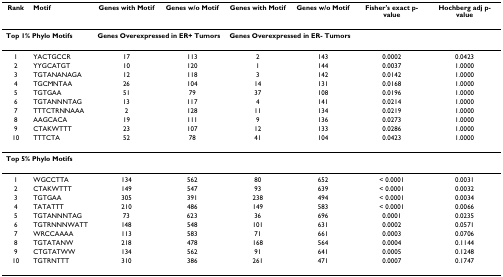
<table><thead><tr><td><b>Rank</b></td><td><b>Motif</b></td><td><b>Genes with Motif</b></td><td><b>Genes w/o Motif</b></td><td><b>Genes with Motif</b></td><td><b>Genes w/o Motif</b></td><td><b>Fisher's exact p-value</b></td><td><b>Hochberg adj p-value</b></td></tr></thead><tbody><tr><td colspan="2"><b>Top 1% Phylo Motifs</b></td><td colspan="2"><b>Genes Overexpressed in ER+ Tumors</b></td><td colspan="2"><b>Genes Overexpressed in ER- Tumors</b></td><td>[EMPTY_CELL]</td><td>[EMPTY_CELL]</td></tr><tr><td>1</td><td>YACTGCCR</td><td>17</td><td>113</td><td>2</td><td>143</td><td>0.0002</td><td>0.0423</td></tr><tr><td>2</td><td>YYGCATGT</td><td>10</td><td>120</td><td>1</td><td>144</td><td>0.0037</td><td>1.0000</td></tr><tr><td>3</td><td>TGTANANAGA</td><td>12</td><td>118</td><td>3</td><td>142</td><td>0.0142</td><td>1.0000</td></tr><tr><td>4</td><td>TGCMNTAA</td><td>26</td><td>104</td><td>14</td><td>131</td><td>0.0168</td><td>1.0000</td></tr><tr><td>5</td><td>TGTGAA</td><td>51</td><td>79</td><td>37</td><td>108</td><td>0.0196</td><td>1.0000</td></tr><tr><td>6</td><td>TGTANNNTAG</td><td>13</td><td>117</td><td>4</td><td>141</td><td>0.0214</td><td>1.0000</td></tr><tr><td>7</td><td>TTTCTRNNAAA</td><td>2</td><td>128</td><td>11</td><td>134</td><td>0.0219</td><td>1.0000</td></tr><tr><td>8</td><td>AAGCACA</td><td>19</td><td>111</td><td>9</td><td>136</td><td>0.0273</td><td>1.0000</td></tr><tr><td>9</td><td>CTAKWTTT</td><td>23</td><td>107</td><td>12</td><td>133</td><td>0.0286</td><td>1.0000</td></tr><tr><td>10</td><td>TTTCTA</td><td>52</td><td>78</td><td>41</td><td>104</td><td>0.0423</td><td>1.0000</td></tr><tr><td colspan="2"><b>Top 5% Phylo Motifs</b></td><td>[EMPTY_CELL]</td><td>[EMPTY_CELL]</td><td>[EMPTY_CELL]</td><td>[EMPTY_CELL]</td><td>[EMPTY_CELL]</td><td>[EMPTY_CELL]</td></tr><tr><td>1</td><td>WGCCTTA</td><td>134</td><td>562</td><td>80</td><td>652</td><td>&lt; 0.0001</td><td>0.0031</td></tr><tr><td>2</td><td>CTAKWTTT</td><td>149</td><td>547</td><td>93</td><td>639</td><td>&lt; 0.0001</td><td>0.0032</td></tr><tr><td>3</td><td>TGTGAA</td><td>305</td><td>391</td><td>238</td><td>494</td><td>&lt; 0.0001</td><td>0.0034</td></tr><tr><td>4</td><td>TATATTT</td><td>210</td><td>486</td><td>149</td><td>583</td><td>&lt; 0.0001</td><td>0.0066</td></tr><tr><td>5</td><td>TGTANNNTAG</td><td>73</td><td>623</td><td>36</td><td>696</td><td>0.0001</td><td>0.0235</td></tr><tr><td>6</td><td>TGTRNNNWATT</td><td>148</td><td>548</td><td>101</td><td>631</td><td>0.0002</td><td>0.0571</td></tr><tr><td>7</td><td>WRCCAAAA</td><td>113</td><td>583</td><td>71</td><td>661</td><td>0.0003</td><td>0.0706</td></tr><tr><td>8</td><td>TGTATANW</td><td>218</td><td>478</td><td>168</td><td>564</td><td>0.0004</td><td>0.1144</td></tr><tr><td>9</td><td>CTGTATWW</td><td>134</td><td>562</td><td>91</td><td>641</td><td>0.0005</td><td>0.1248</td></tr><tr><td>10</td><td>TGTRNTTT</td><td>310</td><td>386</td><td>261</td><td>471</td><td>0.0007</td><td>0.1747</td></tr></tbody></table>